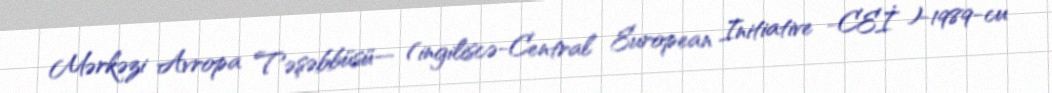
Mərkəzi Avropa Təşəbbüsü— (ingiliscə-Central European Initiative -CEİ )-1989-cu